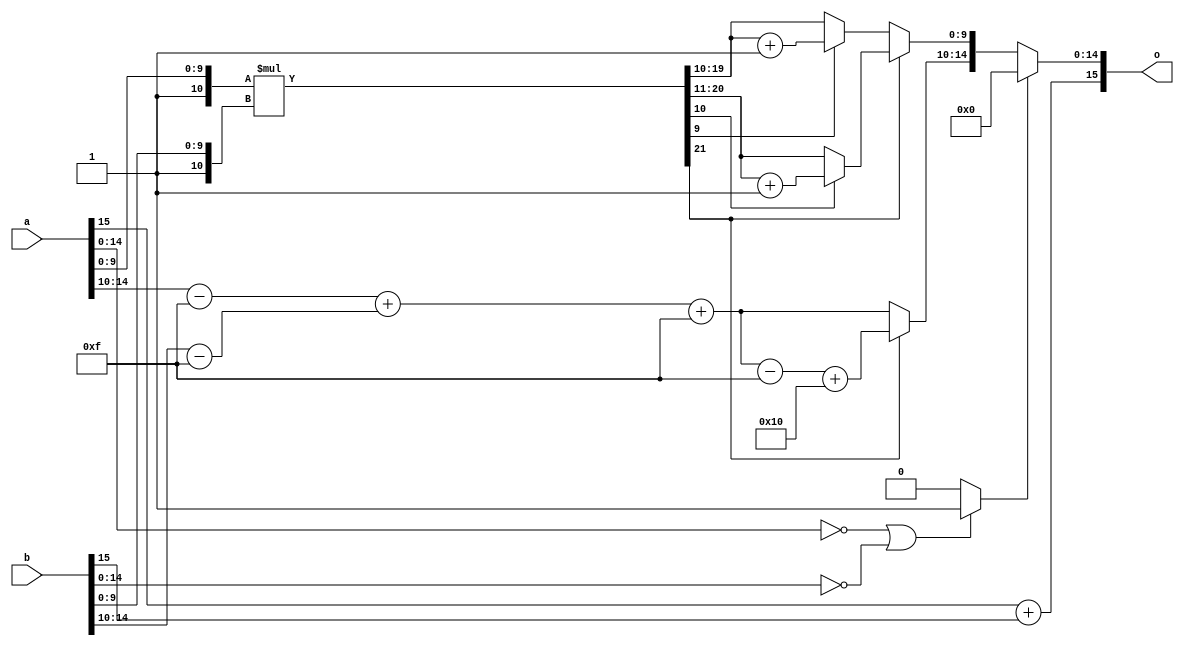

module floatmul(a,b,o);

input [15:0] a,b;
output [15:0]o;

wire [31:0] y;
reg [4:0] x1,x2;
wire [5:0] x;
wire [4:0]z;
wire [15:0] y1,y2,o1;
integer i;
wire oflow,ifZero;

assign y1[9:0]= a[9:0];
assign y2[9:0] = b[9:0];
assign y1[15:10] = 1;
assign y2[15:10] = 1;
//assign y1[10] = 1;
//assign y2[10] = 1;

assign o[15] =a[15]+b[15] ;
assign z[4:0] = (a[14:10]-15) + (b[14:10]-15)+15;

assign y = y1*y2;
assign  o1[9:0] = y[21]==1 ? (y[10]==1 ? y[20:11]+1:y[20:11]):(y[9]==1? y[19:10]+1 : y[19:10]);   ///rounding
assign  o1[14:10]= y[21]==1?(z-15)+16 : z; //overflow
assign  ifZero = a[14:0]==0 | b[14:0]==0 ? 1:0;
assign o[14:0] = ifZero==1 ? 0:o1[14:0];
endmodule